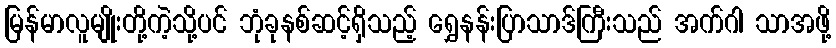
မြန်မာလူမျိုးတို့ကဲ့သို့ပင် ဘုံခုနစ်ဆင့်ရှိသည့် ရွှေနန်းပြာသာဒ်ကြီးသည် အက်ဂါ သာအဖို့